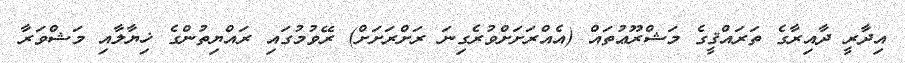
އިދާރީ ދާއިރާގެ ތަރައްޤީގެ މަޝްރޫޢުތައް (އެއްރަށަށްވުރެގިނަ ރަށްރަށަށް) ރޭވުމުގައި ރައްޔިތުންގެ ޚިޔާލާއި މަޝްވަރާ